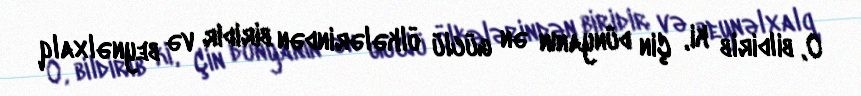
O, bildirib ki, Çin dünyanın ən güclü ölkələrindən biridir və beynəlxalq